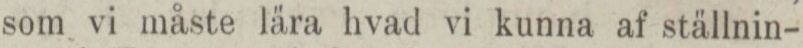
som vi måste lära hvad vi kunna af ställnin-